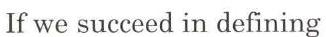
If we succeed in defining